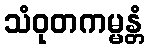
သံဝုတကမ္မန္တံ